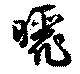
晒